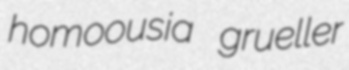
homoousia grueller